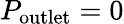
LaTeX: P_{\textrm{outlet}}=0